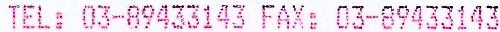
TEL: 03-89433143 FAX: 03-89433143